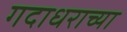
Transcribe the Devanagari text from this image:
गदाधराच्या